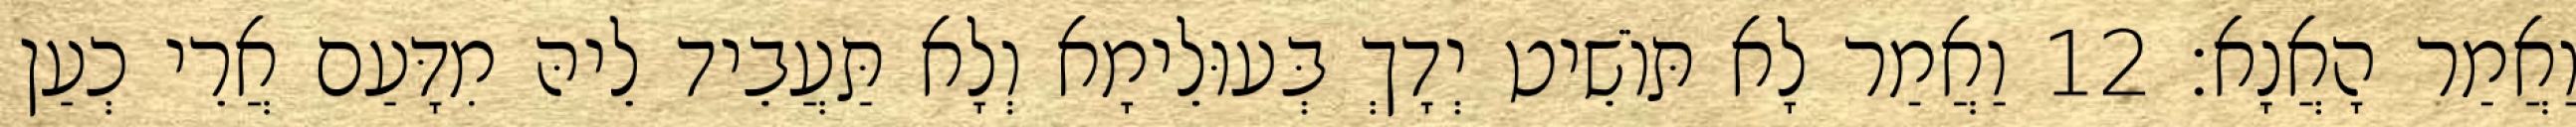
וַאֲמַר הָאֲנָא׃ 12 וַאֲמַר לָא תּוֹשֵׁיט יְדָךְ בְּעוּלֵימָא וְלָא תַּעֲבֵיד לֵיהּ מִדָּעַם אֲרֵי כְעַן